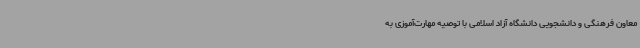
معاون فرهنگی و دانشجویی دانشگاه آزاد اسلامی با توصیه مهارت‌آموزی به